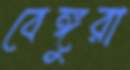
বেঙ্গুরা